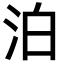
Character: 泊